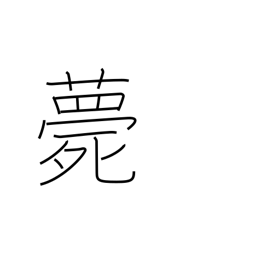
Meaning: die